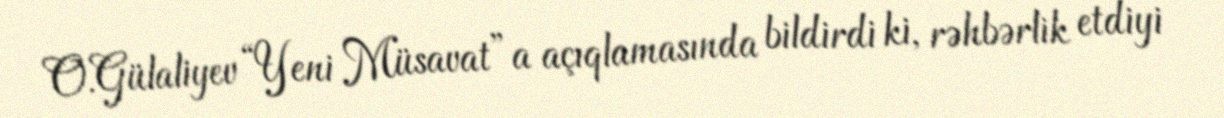
O.Gülaliyev “Yeni Müsavat”a açıqlamasında bildirdi ki, rəhbərlik etdiyi